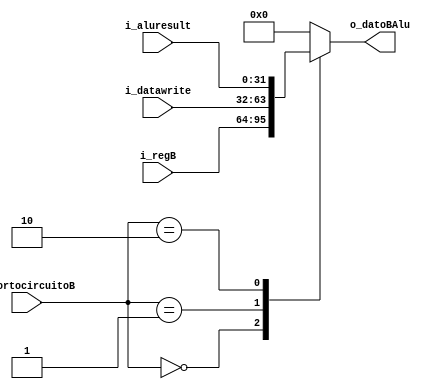
`timescale 1ns / 1ps
//////////////////////////////////////////////////////////////////////////////////
// Company: UNC FCEFyN
// 
// Design Name: 
// Module Name: MUX_EX_REGB_RESULT_MEM
// Project Name: MIPS
// Target Devices: 
// Tool Versions: 
// Description: 
// 
// Dependencies: 
// 
// Revision:
// Revision 0.01 - File Created
// Additional Comments:
// 
//////////////////////////////////////////////////////////////////////////////////


module MUX_EX_REGB_RESULT_MEM
    #(
        parameter DATA_WIDTH = 32
    )
    (
        input [DATA_WIDTH - 1 : 0]  i_regB,
        input [DATA_WIDTH - 1 : 0]  i_datawrite,
        input [DATA_WIDTH - 1 : 0]  i_aluresult,
        input  [1:0]                i_cortocircuitoB,
        output [DATA_WIDTH - 1 : 0] o_datoBAlu
    );

    reg [DATA_WIDTH - 1:0] out;

    assign o_datoBAlu = out;

    always @(*) begin
        case(i_cortocircuitoB)
        2'b00:   out = i_regB;
        2'b01:   out = i_datawrite;
        2'b10:   out = i_aluresult;
        default: out = 0;
        endcase
    end
endmodule